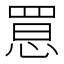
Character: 𢝮